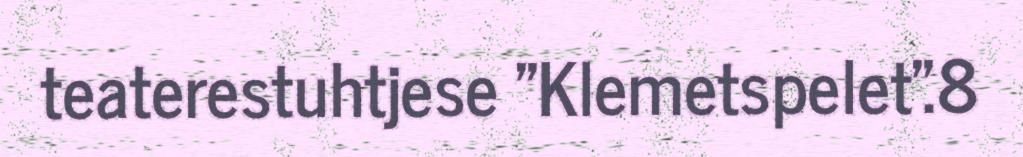
teaterestuhtjese "Klemetspelet".8